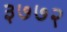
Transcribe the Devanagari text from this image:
३७७२